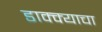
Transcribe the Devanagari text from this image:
डाक्क्याचा